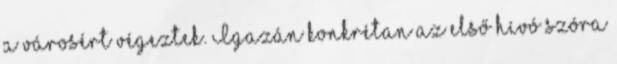
a városért végeztek. Igazán konkrétan az első hívó szóra